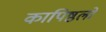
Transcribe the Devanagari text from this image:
कापिष्ठलो